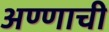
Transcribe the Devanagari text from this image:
अण्णाची